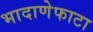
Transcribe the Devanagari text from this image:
भादाणेफाटा